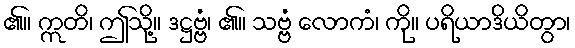
၏။ ဣတိ၊ ဤသို့။ ဒဋ္ဌဗ္ဗံ၊ ၏။ သဗ္ဗံ လောကံ၊ ကို။ ပရိယာဒိယိတွာ၊